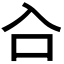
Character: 𭆹